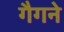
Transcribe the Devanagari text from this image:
गैगने